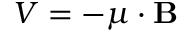
V = - { \boldsymbol { \mu } } \cdot \mathbf { B }